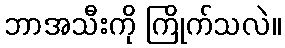
ဘာအသီးကို ကြိုက်သလဲ။